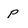
Character: p